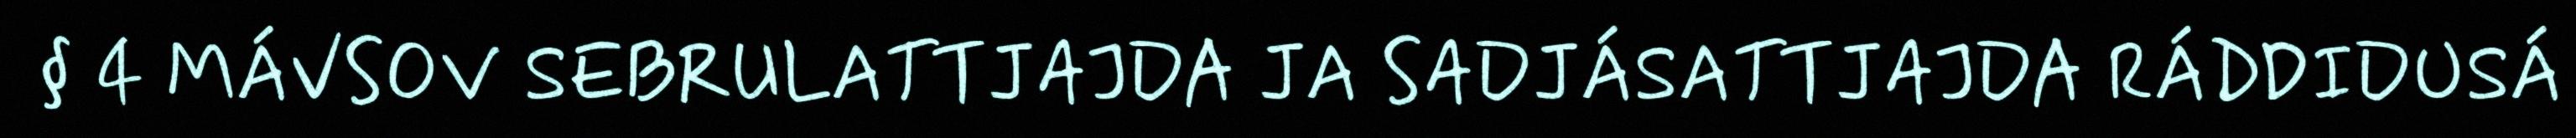
§ 4 MÁVSOV SEBRULATTJAJDA JA SADJÁSATTJAJDA RÁDDIDUSÁ